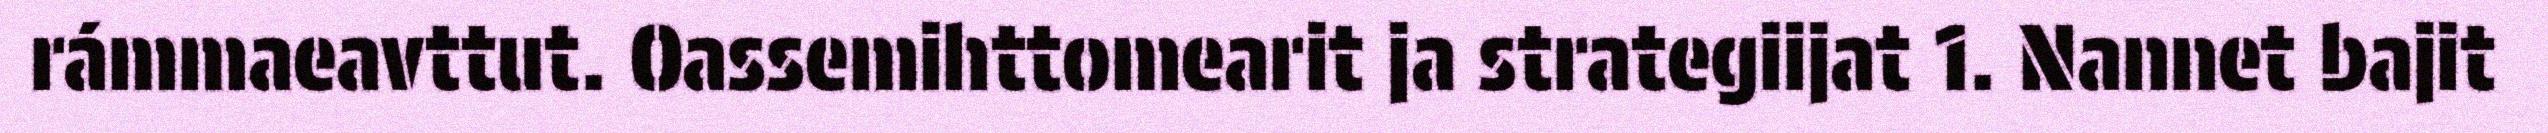
rámmaeavttut. Oassemihttomearit ja strategiijat 1. Nannet bajit